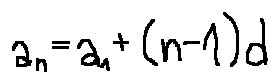
a _ { n } = a _ { 1 } + ( n - 1 ) d